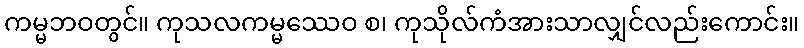
ကမ္မဘဝတွင်။ ကုသလကမ္မဿေဝ စ၊ ကုသိုလ်ကံအားသာလျှင်လည်းကောင်း။